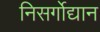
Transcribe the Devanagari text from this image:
निसर्गोद्यान